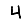
Digit: 4